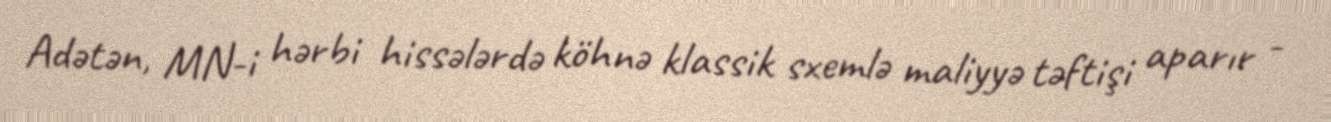
Adətən, MN-i hərbi hissələrdə köhnə klassik sxemlə maliyyə təftişi aparır -